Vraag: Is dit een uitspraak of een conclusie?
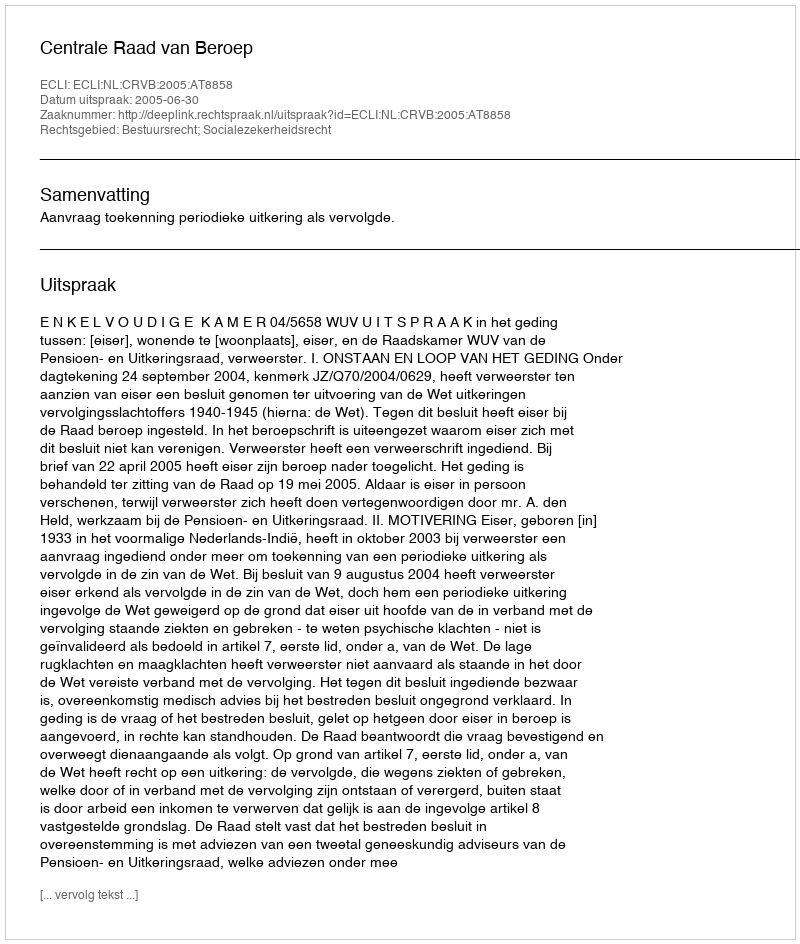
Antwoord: Uitspraak